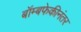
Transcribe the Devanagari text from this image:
बॉम्बफेकीनंतर